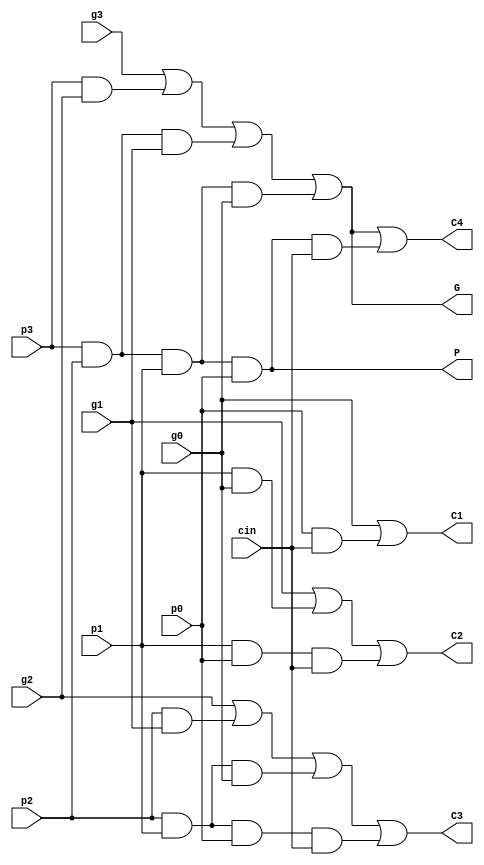
 module CLA(g0, p0, g1, p1, g2, p2, g3, p3, cin, C1, C2, C3, C4, G, P);
  // inputs g and p are 0 -> LSB and 3 -> MSB
  input wire g0, p0, g1, p1, g2, p2, g3, p3; // Gen and Prop signals for each bit
	input wire cin; //Carry in input
	output wire C1, C2, C3, C4; //Carry bits computed by CLA
	output wire G, P; //Block Gen and Block Prop used by CLA's at a higher level

  //carry output assignments
  assign C1 = g0 | (p0 & cin);
  assign C2 = g1 | (p1 & g0) | (p1 & p0 & cin);
  assign C3 = g2 | (p2 & g1) | (p2 & p1 & g0) | (p2 & p1 & p0 & cin);
  assign C4 = g3 | (p3 & g2) | (p3 & p2 & g1) | (p3 & p2 & p1 & g0) | (p3 & p2 & p1 & p0 & cin);

  //super generate and super propagate assignments
  assign G = g3 | (p3 & g2) | (p3 & p2 & g1) | (p3 & p2 & p1 & g0);
  assign P = p3 & p2 & p1 & p0;
endmodule